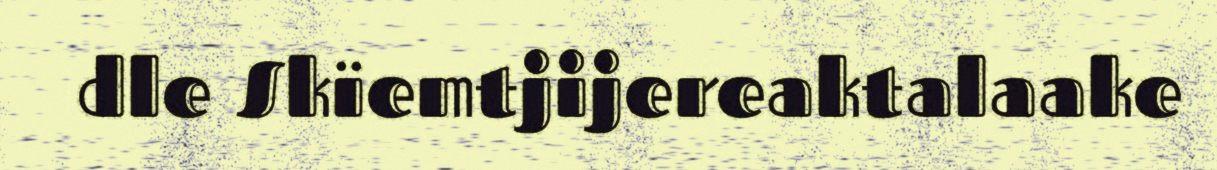
dle Skïemtjijereaktalaake